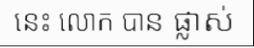
នេះ លោក បាន ផ្លាស់